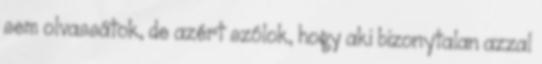
sem olvassátok, de azért szólok, hogy aki bizonytalan azzal